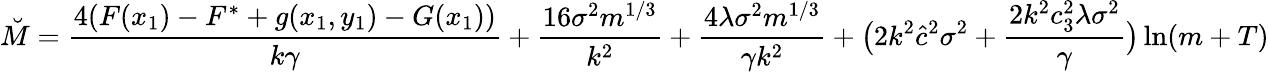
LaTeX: \breve{M}=\frac{4(F(x_{1})-F^{*}+g(x_{1},y_{1})-G(x_{1}))}{k\gamma}+\frac{16\sigma^{2}m^{1/3}}{k^{2}}+\frac{4\lambda\sigma^{2}m^{1/3}}{\gamma k^{2}}+\big(2k^{2}\hat{c}^{2}\sigma^{2}+\frac{2k^{2}c_{3}^{2}\lambda\sigma^{2}}{\gamma}\big)\ln(m+T)